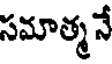
సమాత్మనే